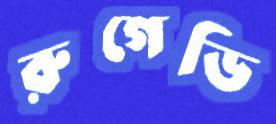
রুগেডি